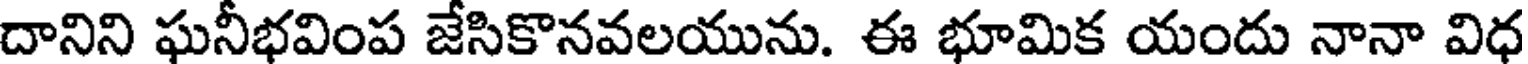
దానిని ఘనీభవింప జేసికొనవలయును. ఈ భూమిక యందు నానా విధ